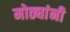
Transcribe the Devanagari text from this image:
मोठ्यांनी